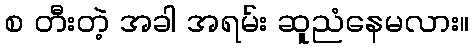
စ တီးတဲ့ အခါ အရမ်း ဆူညံနေမလား။